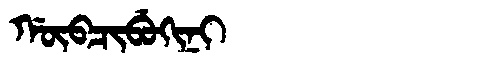
Manchu: ᡤᡡᠪᠴᡳᠪᡠᡴᡳᠨᡳ
Romanization: GŪBCIBUKINI